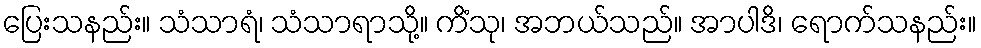
ပြေးသနည်း။ သံသာရံ၊ သံသာရာသို့။ ကိံသု၊ အဘယ်သည်။ အာပါဒိ၊ ရောက်သနည်း။